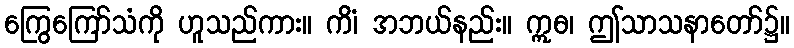
ကြွေကြော်သံကို ဟူသည်ကား။ ကိံ၊ အဘယ်နည်း။ ဣဓ၊ ဤသာသနာတော်၌။